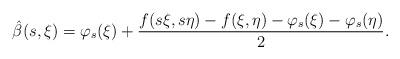
LaTeX: \begin{align*} \hat\beta(s,\xi)=\varphi_s(\xi)+\frac{f(s\xi,s\eta)-f(\xi,\eta)-\varphi_s(\xi)-\varphi_s(\eta)}{2}.\end{align*}